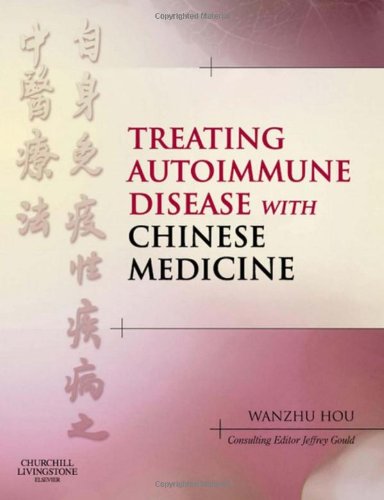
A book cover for Treating Autoimmune Disease with Chinese Medicine, 1e; Medical Books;